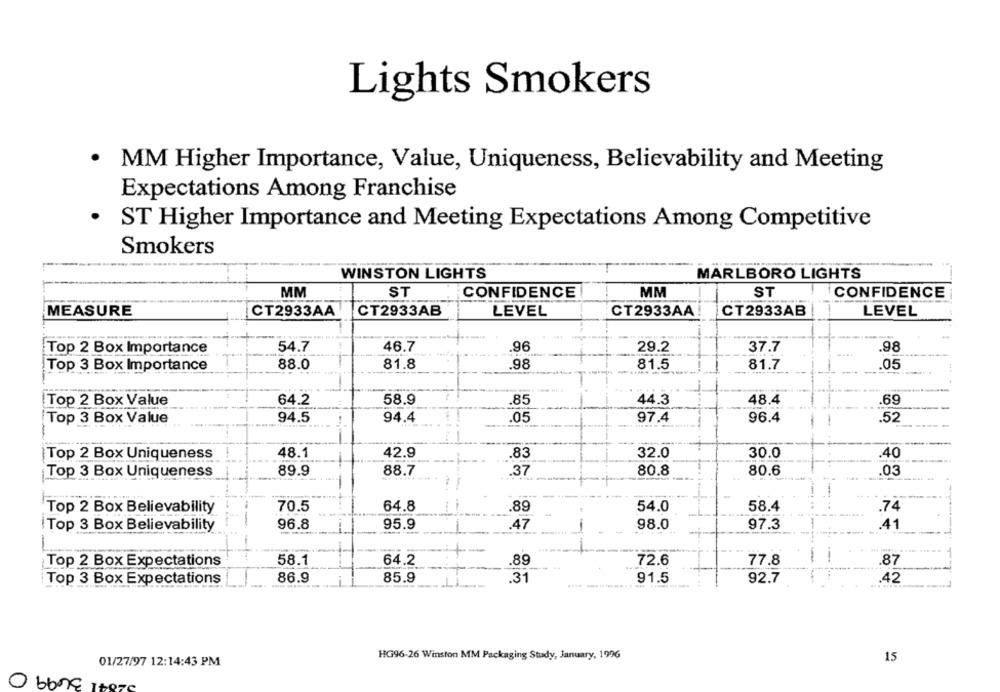
Lights Smokers
MM Higher Importance, Value, Uniqueness, Believability and Meeting
Expectations Among Franchise
·
ST Higher Importance and Meeting Expectations Among Competitive
Smokers
WINSTON LIGHTS
MARLBORO LIGHTS
MM
ST
CONFIDENCE
MM
ST
CONFIDENCE
MEASURE
CT2933AA CT2933AB
CT2933AA
CT2933AB
LEVEL
LEVEL
Top 2 Box Importance
54.7
46.7
.96
29.2
37.7
.98
88.0
81.8
.98
81.5
81.7
.05
Top 3 Box Importance
Top 2 Box Value
64.2
58.9
85
44.3
48.4
.69
Top 3 Box Value
94.5
94.4
.05
97.4
96.4
.52
Top 2 Box Uniqueness
48.1
42.9
.83
32.0
30.0
40
80.8
80.6
Top 3 Box Uniqueness
89.9
88.7
37
.03
Top 2 Box Believability
70.5
64.8
89
54.0
58.4
.74
96.8
95.9
.47
98.0
97.3
.41
Top 3 Box Believability
58.1
Top 2 Box Expectations
64.2
.89
72.6
77.8
87
Top 3 Box Expectations
86.9
85.9
.31
91.5
92.7
.42
HG96-26 Winston MM Packaging Study, January, 1996
15
01/27/97 12:14:43 PM
O bone